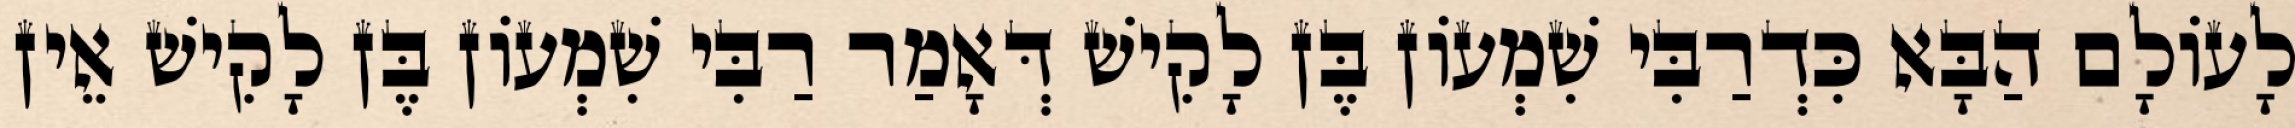
לָעוֹלָם הַבָּא כִּדְרַבִּי שִׁמְעוֹן בֶּן לָקִישׁ דְּאָמַר רַבִּי שִׁמְעוֹן בֶּן לָקִישׁ אֵין